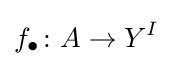
f_{\bullet }\colon A\rightarrow Y^{I}